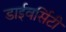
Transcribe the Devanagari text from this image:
डाईवर्सिटी